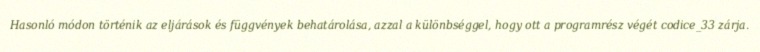
Hasonló módon történik az eljárások és függvények behatárolása, azzal a különbséggel, hogy ott a programrész végét codice_33 zárja.